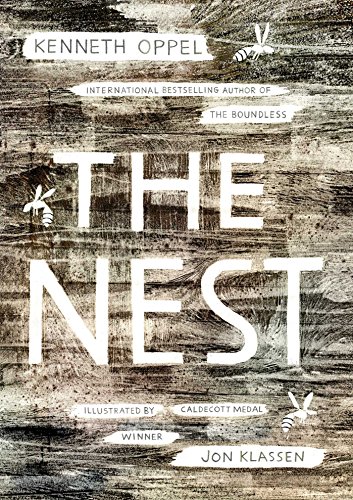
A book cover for The Nest; Kenneth Oppel; Children's Books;